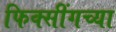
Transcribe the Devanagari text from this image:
फिक्सींगच्या